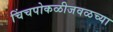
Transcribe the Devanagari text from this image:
चिंचपोकळीजवळच्या